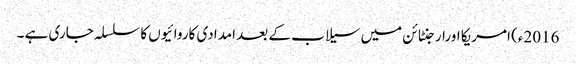
2016ء) امریکا اورارجنٹائن میں سیلاب کے بعد امدادی کاروائیوں کا سلسلہ جاری ہے ۔